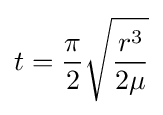
t={\frac {\pi }{2}}{\sqrt {\frac {r^{3}}{2\mu }}}